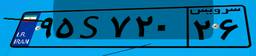
۹۵S۷۲۰۲۶